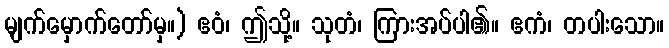
မျက်မှောက်တော်မှ။) ဧဝံ၊ ဤသို့။ သုတံ၊ ကြားအပ်ပါ၏။ ဧကံ၊ တပါးသော။